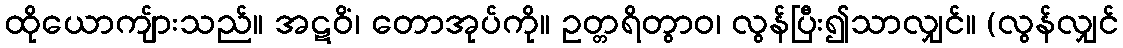
ထိုယောကျ်ားသည်။ အဋဝိံ၊ တောအုပ်ကို။ ဥတ္တရိတွာဝ၊ လွန်ပြီး၍သာလျှင်။ (လွန်လျှင်